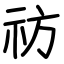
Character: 祊